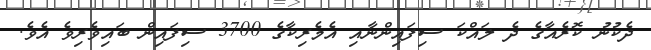
ދެކުނު ކޮރެއާގެ ދެ ލައްކަ ސިފައިންނާއި އެމެރިކާގެ 3700 ސިފައިން ބައިވެރިވެ އެވެ.